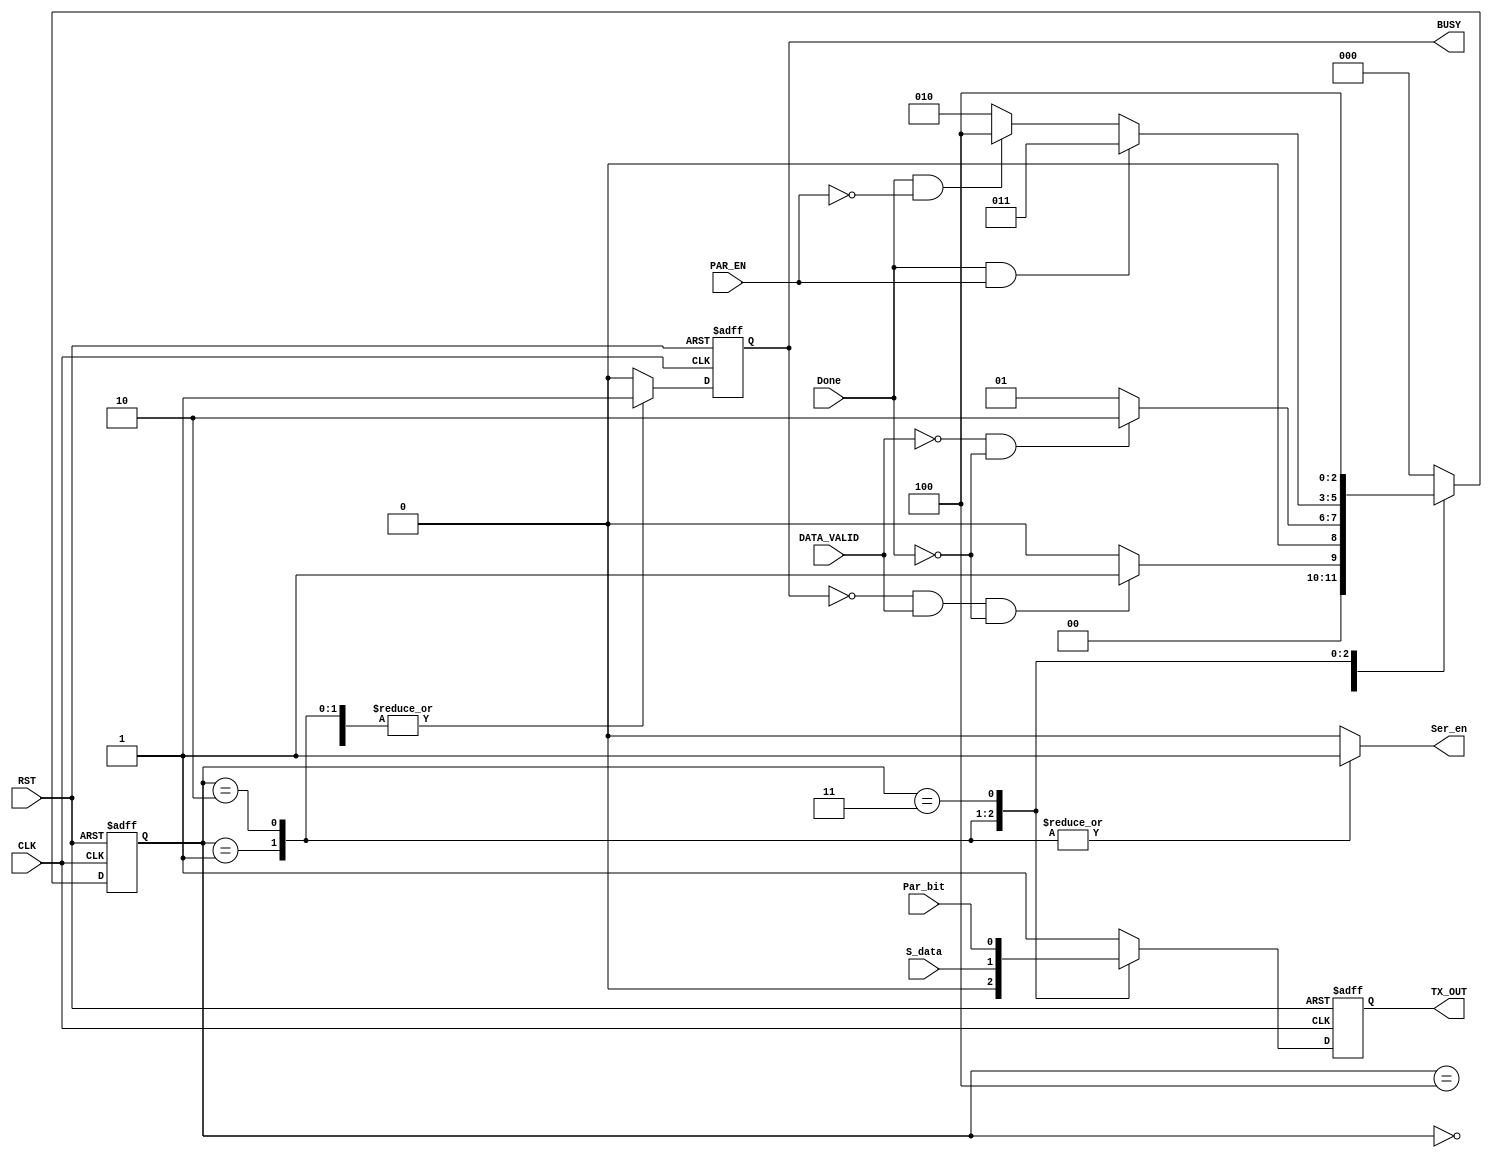
module FSM (
input wire               CLK,
input wire               RST,
input wire               PAR_EN,
input wire               DATA_VALID,
input wire               Done,
input wire               S_data,
input wire               Par_bit,

output reg               Ser_en,
output reg               TX_OUT,
output reg               BUSY
);

//niternal connections
reg [2:0]		        current_state,
                        next_state     ;
reg                     tx_out;
reg                     busy;

////////////////////////////// FSM  (UART_TX Controller) ///////////////////////////////
//start bit and stop bit handeld are into FSM not in separate blocks
//local parameters for states
localparam [2:0] 	IDLE  		= 3'b000 ,
				    Start_bit 	= 3'b001 ,
	             	Ser_bits 	= 3'b010 ,
                    Par_bits 	= 3'b011 ,
                    Stop_bits 	= 3'b100 ; 

//moore output depend on only the current state 
//RTL CODE

//  state transitions seq.
always @(posedge CLK or negedge RST)
begin
 if(!RST)
  current_state <= IDLE ;
 else
  current_state <= next_state ;
end


//  next state comb & op
always @(*)
begin
case (current_state)
IDLE : begin
		tx_out = 1'b1;
		Ser_en = 1'b0;
        busy = 1'b0;
        //DATA_VALID_par = 1'b0;
	    if (!BUSY && DATA_VALID && !Done)
		 begin
		  next_state = Start_bit ;
		 end
		else begin
		 next_state = IDLE ;
	   end
 end
Start_bit : begin
	     tx_out = 1'b0 ;
         Ser_en = 1'b1 ;
         busy = 1'b1 ;
         //DATA_VALID_par = 1'b1; //calc the parity and store it to 
                                  //prevent changing it if P_data change
	    if (!DATA_VALID && !Done)
		 begin
		  next_state = Ser_bits ;
		 end
		else begin
		 next_state = Start_bit ;
		end
 end
Ser_bits : begin
	     tx_out = S_data ;
		 Ser_en = 1'b1 ;
		 busy = 1'b1 ;
	    if (Done &&  PAR_EN)
		 begin
		  next_state = Par_bits ;
		 end
		else if (Done && !PAR_EN) begin
		 next_state = Stop_bits ;
		end
		else begin
		 next_state = Ser_bits ;
		end
 end

Par_bits : begin // this case will be just a glich if PAR_EN is off !? NOOO should have to pre condition
		tx_out = Par_bit ;
		Ser_en = 1'b0 ;
		busy = 1'b1 ;
		next_state = Stop_bits;
 end

Stop_bits : begin
	     tx_out = 1'b1 ;
		 Ser_en = 1'b0 ;
		 busy   = 1'b1 ;
		 next_state = IDLE ;
 end
	 
default : begin
	     tx_out = 1'b1;
		 Ser_en = 1'b0;
         busy   = 1'b0;
		 next_state = IDLE ;
 end
endcase
end

///////////////////////////////// final output ////////////////////////////////////////
always @(posedge CLK or negedge RST )
begin
	if (!RST)begin
	TX_OUT <= 1 ;
    BUSY <= 0 ;
	end else begin
    TX_OUT <= tx_out ;
    BUSY <= busy ;
	end
end
endmodule